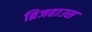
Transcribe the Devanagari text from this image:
ब्रिजहाउस